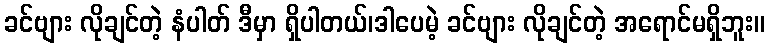
ခင်ဗျား လိုချင်တဲ့ နံပါတ် ဒီမှာ ရှိပါတယ်၊ဒါပေမဲ့ ခင်ဗျား လိုချင်တဲ့ အရောင်မရှိဘူး။